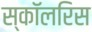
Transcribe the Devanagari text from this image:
स्कॉलरिस